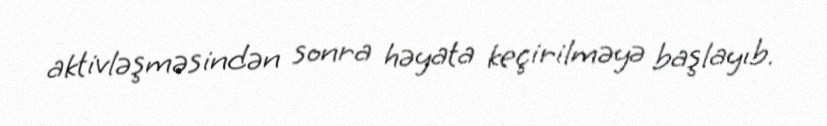
aktivləşməsindən sonra həyata keçirilməyə başlayıb.